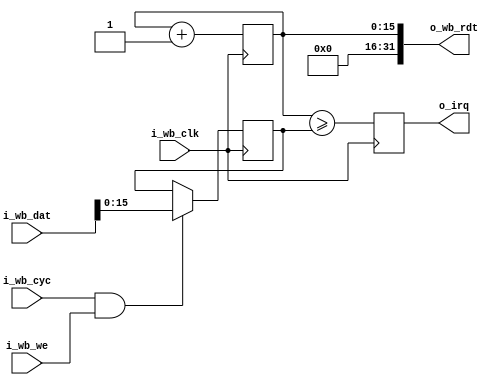
`default_nettype none
module rocketcpu_timer #(
   parameter WIDTH = 16,
   parameter DIVIDER = 0
)(
   input wire 	      i_wb_clk,
   output reg 	      o_irq,
   input wire [31:0] i_wb_dat,
   input wire 	      i_wb_we,
   input wire 	      i_wb_cyc,
   output reg [31:0] o_wb_rdt
);

   localparam HIGH = WIDTH-1-DIVIDER;
   reg [WIDTH-1:0]   mtime;
   reg [HIGH:0]      mtimecmp;
   wire [HIGH:0]     mtimeslice = mtime[WIDTH-1:DIVIDER];

   always @(mtimeslice) begin
      o_wb_rdt = 32'd0;
      o_wb_rdt[HIGH:0] = mtimeslice;
   end

   always @(posedge i_wb_clk) begin
      if (i_wb_cyc & i_wb_we)
	      mtimecmp <= i_wb_dat[HIGH:0];
      mtime <= mtime + 'd1;
      o_irq <= (mtimeslice >= mtimecmp);
   end

endmodule